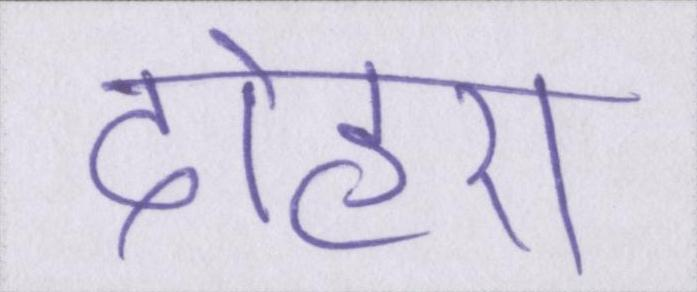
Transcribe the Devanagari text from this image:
दोहरा